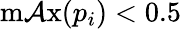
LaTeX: \operatorname*{m\mathcal{A}x}(p_{i})<0.5